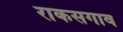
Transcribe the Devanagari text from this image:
राकसगाव